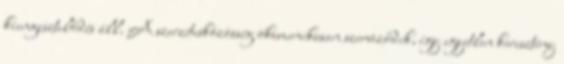
kiengesztelődés áll. A szerzetesközösség ökumenikusan szerveződik, így egyetlen keresztény